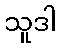
သူဒါ